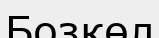
Бозкөл